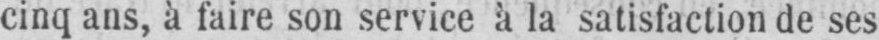
cinq ans, à faire son service à la satisfaction de ses